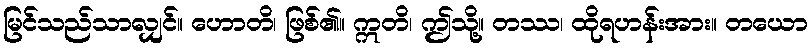
မြင်သည်သာလျှင်။ ဟောတိ၊ ဖြစ်၏။ ဣတိ၊ ဤသို့။ တဿ၊ ထိုရဟန်းအား။ တယော